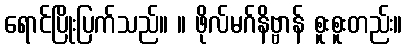
ရောင်ပြိုးပြက်သည်။ ။ ဖိုလ်မဂ်နိဗ္ဗာန် စူးစူးတည်း။